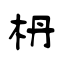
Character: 枬